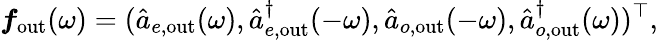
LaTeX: \boldsymbol{f}_{\mathrm{out}}(\omega)=(\hat{a}_{e,\mathrm{out}}(\omega),\hat{a}_{e,\mathrm{out}}^{\dagger}(-\omega),\hat{a}_{o,\mathrm{out}}(-\omega),\hat{a}_{o,\mathrm{out}}^{\dagger}(\omega))^{\top},